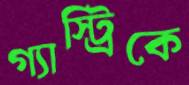
গ্যাস্ট্রিকে